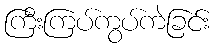
ကြီးကြပ်ကွပ်ကဲခြင်း